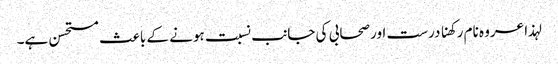
لہذا عروہ نام رکھنا درست اورصحابی کی جانب نسبت ہونے کے باعث مستحسن ہے۔